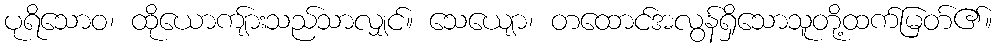
ပုရိသောဝ၊ ထိုယောကျ်ားသည်သာလျှင်။ သေယျော၊ တထောင်အလွန်ရှိသောသူတို့ထက်မြတ်၏။